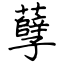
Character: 孽